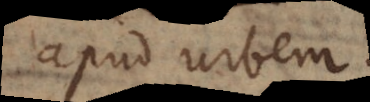
apud urbem.